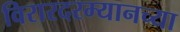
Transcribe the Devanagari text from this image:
विरारदरम्यानच्या